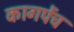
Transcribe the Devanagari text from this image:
कागपेंच